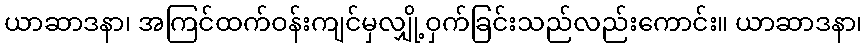
ယာဆာဒနာ၊ အကြင်ထက်ဝန်းကျင်မှလျှို့ဝှက်ခြင်းသည်လည်းကောင်း။ ယာဆာဒနာ၊